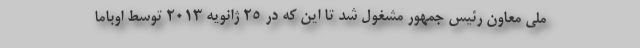
ملی معاون رئیس جمهور مشغول شد تا این که در 25 ژانویه 2013 توسط اوباما